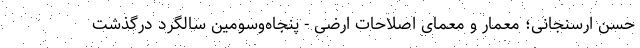
حسن ارسنجانی؛ معمار و معمای اصلاحات ارضی - پنجاه‌و‌سومین سالگرد درگذشت